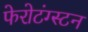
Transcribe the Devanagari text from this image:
फेरोटंग्स्टन